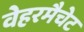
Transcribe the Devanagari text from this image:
वेहरमैचेट